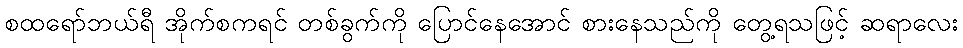
စထရော်ဘယ်ရီ အိုက်စကရင် တစ်ခွက်ကို ပြောင်နေအောင် စားနေသည်ကို တွေ့ရသဖြင့် ဆရာလေး